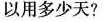
以用多少天？